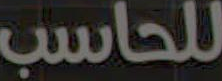
للحاسب